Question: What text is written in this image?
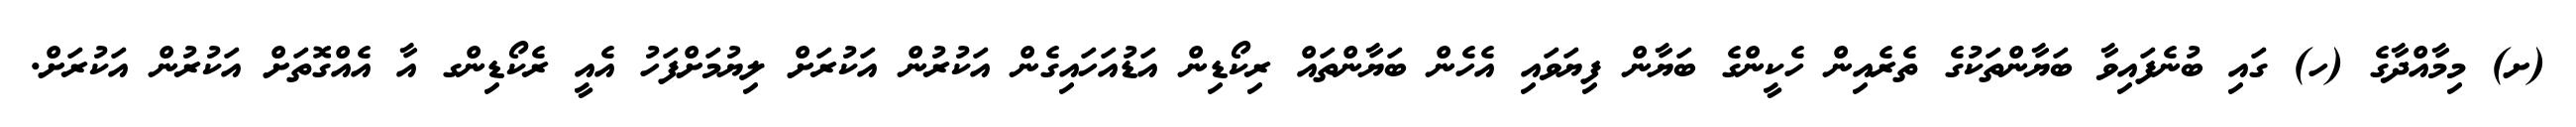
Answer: (ށ) މިމާއްދާގެ (ހ) ގައި ބުނެފައިވާ ބަޔާންތަކުގެ ތެރެއިން ހެކީންގެ ބަޔާން ފިޔަވައި އެހެން ބަޔާންތައް ރިކޯޑިން އަޑުއަހައިގެން އަކުރުން އަކުރަށް ލިޔުމަށްފަހު އެއީ ރެކޯޑިންގ އާ އެއްގޮތަށް އަކުރުން އަކުރަށް.